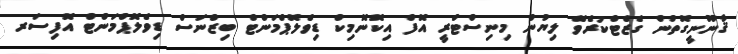
ޤާނޫނީގޮތުން ގެޒެޓްކުރެވޭ ލިޔުން މިނިސްޓްރީ އޮފް އިކޮނޮމިކް ޑިވެލޮޕްމަންޓް ބިޒްނަސް ޑިވެލޮޕްމަންޓް އޮފިސަރ